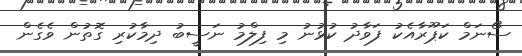
ސޯނަމް ކަޕޫރާއެކު ފަވާދު ކުޅުނު މި ފިލްމު ނަސީބު ދިމާކުރި ގޮތުން ވެގެން